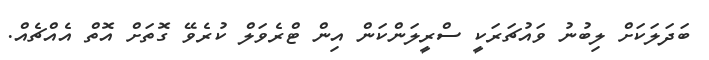
ބަދަލަކަށް ލިބުނު ވައުޗަރަކީ ސްރީލަންކަން އިން ޓްރެވަލް ކުރެވޭ ގޮތަށް އޮތް އެއްޗެއް.